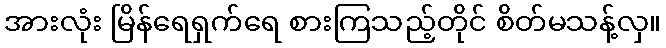
အားလုံး မြိန်ရေရှက်ရေ စားကြသည့်တိုင် စိတ်မသန့်လှ။